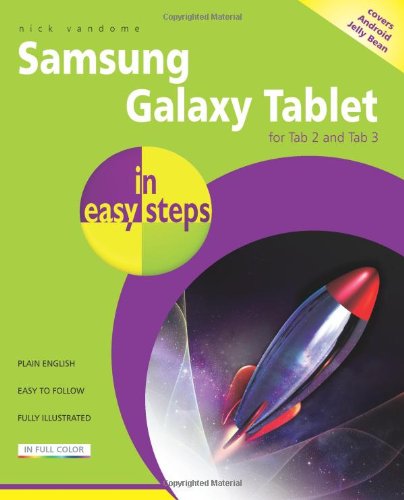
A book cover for Samsung Galaxy Tablet in Easy Steps: For Tab 2 and Tab 3 (covers Android Jelly Bean); Nick Vandome; Computers & Technology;